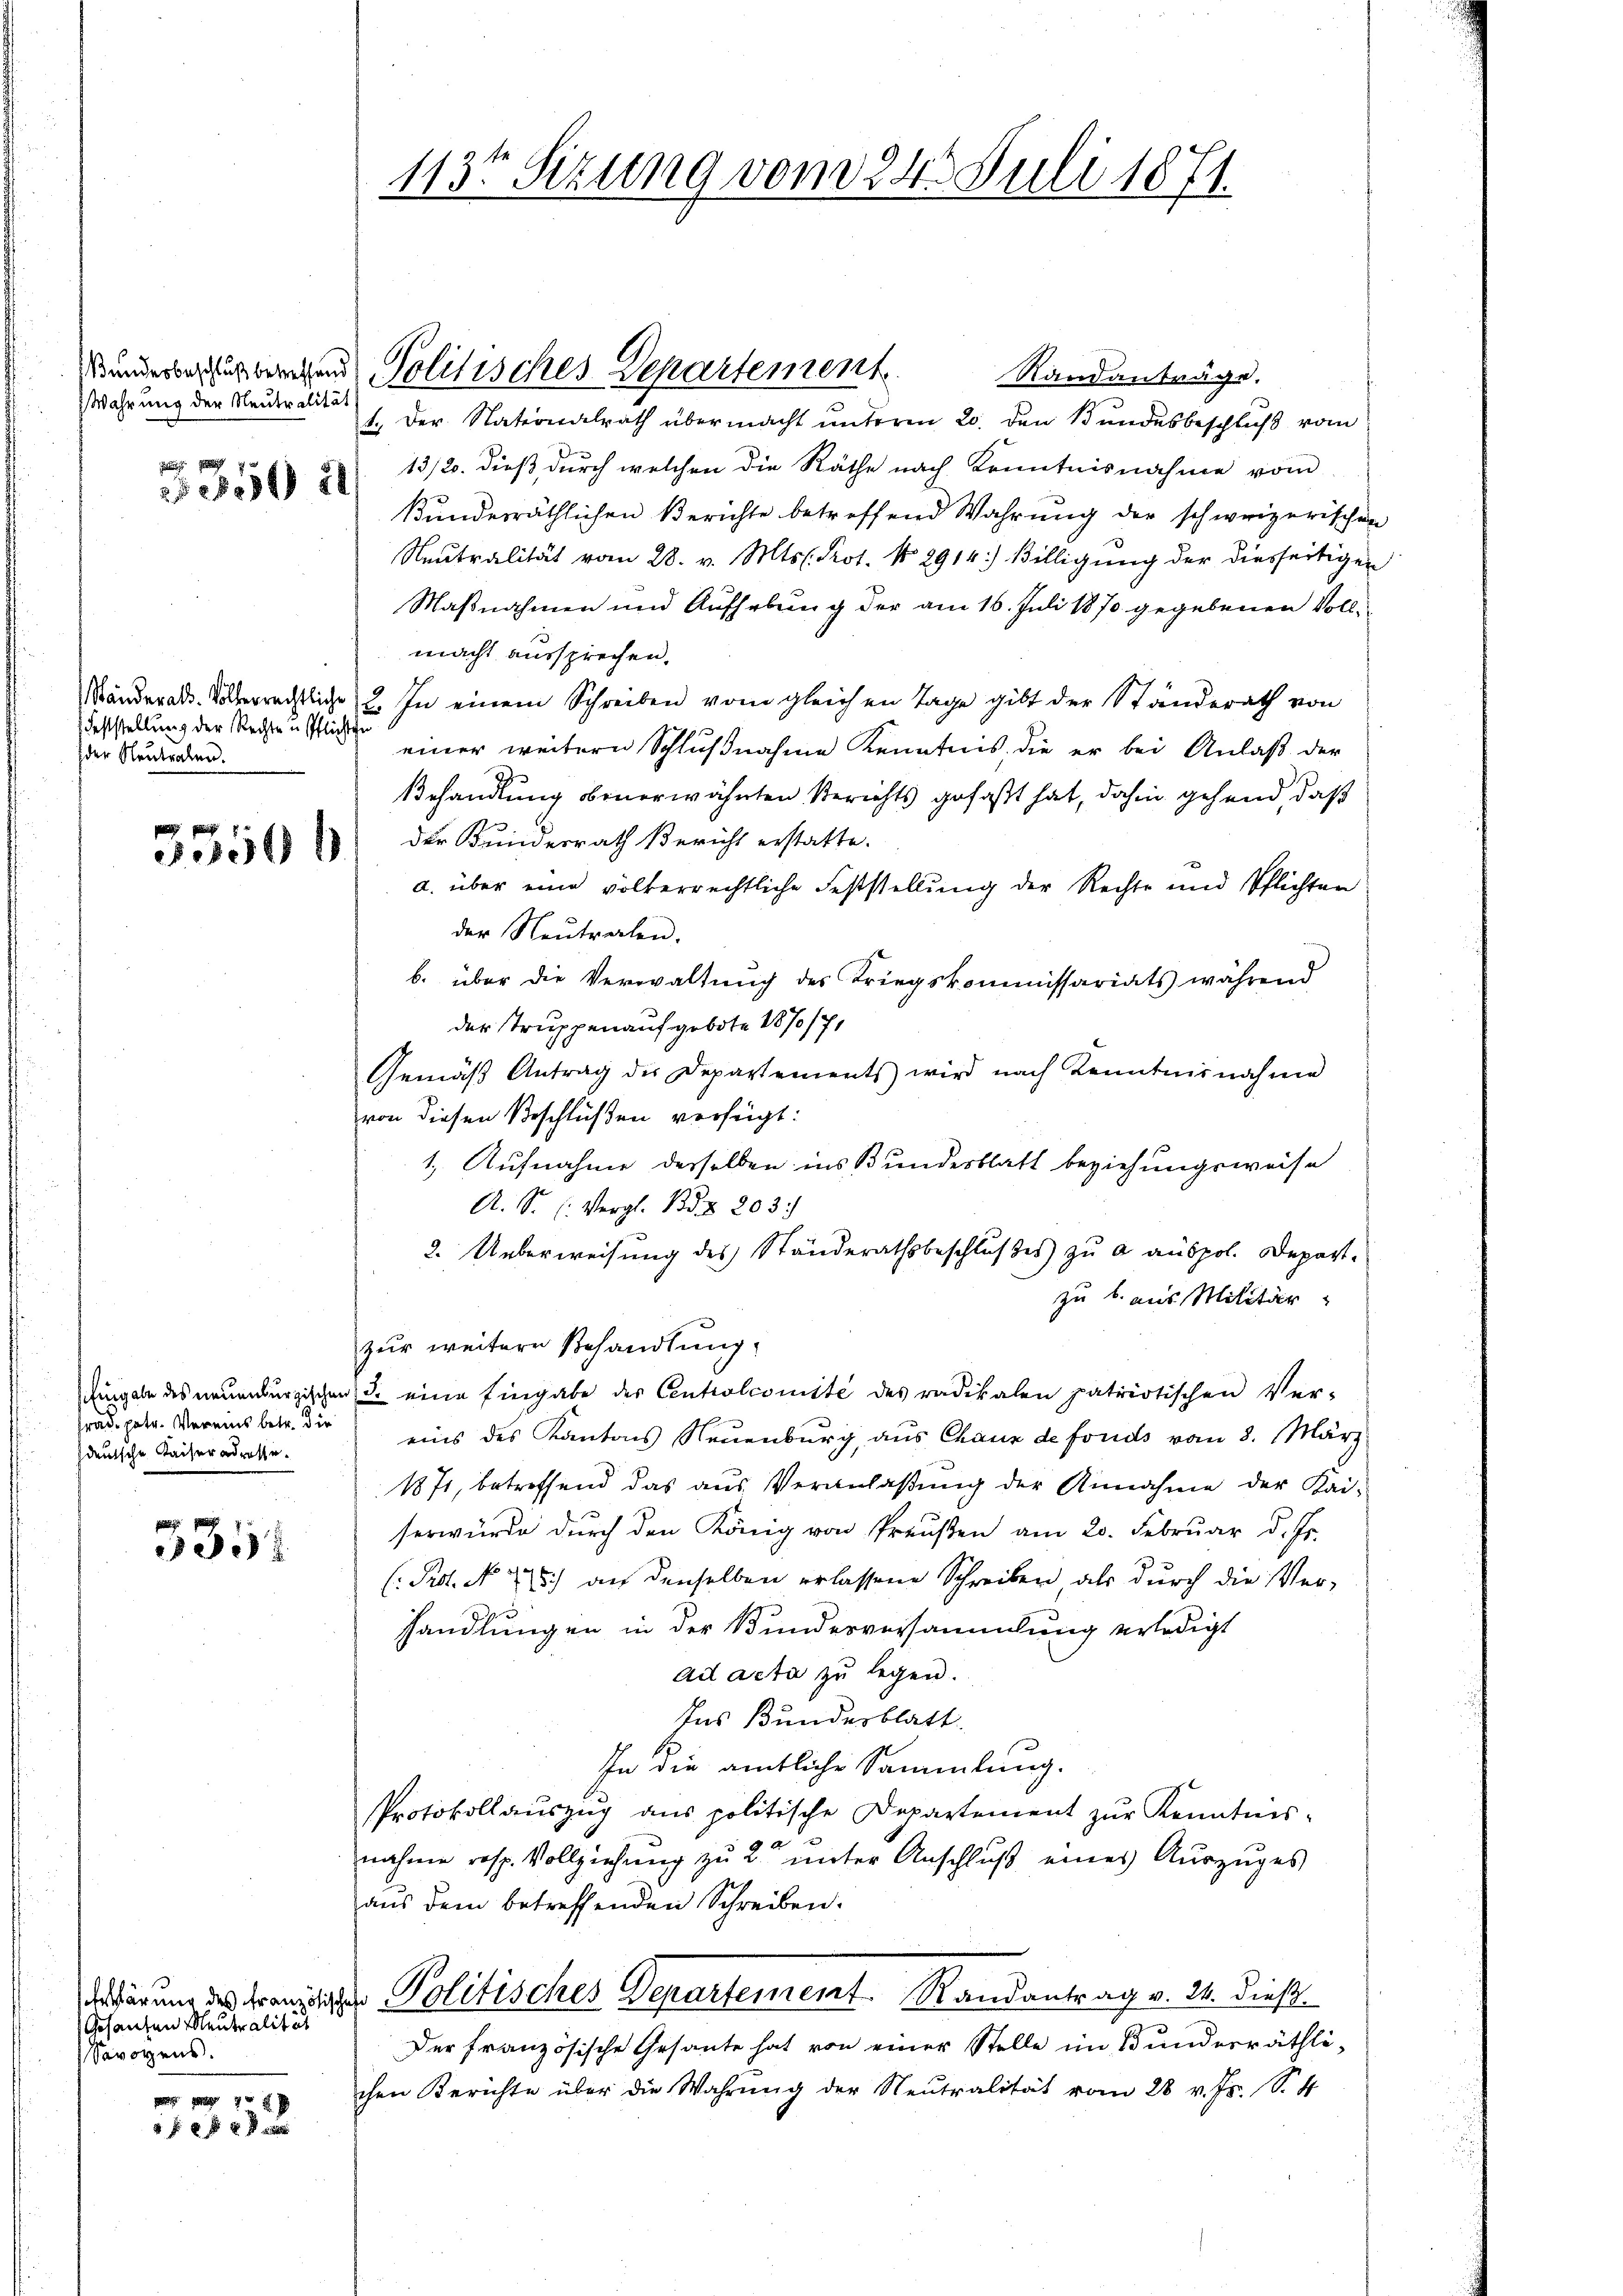
Wahrung der Neutralität

355 21

Feststellung der Rechte u. Pflichten
der Neutralen.

x

frad. patr. Vereins betr. die
deutsche Kaiser adresse¬

3352

Gesanten Meutralität
Savoyens.

78
6 f 2 x

Randanträge.
1. Der Nationalrath übermacht unteren 20. den Bundesbeschluß vom
13/20. dieß durch welchen die Räthe nach Kenntnisnahme vom
kundesräthlichen Berichte betreffend Wahrung der schweizerischen
Neutralität vom 28. v. Mts. Prot. No 2914:) Billigung der diesseitigen
Maßnahmen und Aufhebung der am 16. Juli 1870 gegebenen Vollmacht aussprechen.
Ständerats-Völkerrechtliche 2. In einem Schreiben vom gleichen Tage gibt der Ständerath von
einer weitern Schlußnahme Kenntnis, die er bei Anlaß der
Behandlung obenerwähnten Berichts gefaßt hat, dahin gehend, daß
Fobe der Kundesrath Bericht erstatte.
a. über eine völkerrechtliche Feststellung der Rechte und Pflichten
der Neutralen.
b. über die Verwaltung des Kriegskommissariats während
der Truppen aufgebote 1870/71
Gemäβ Antrag der Departements wird nach Kenntnisnahme
von diesen Beschlüßen verfügt:
1. Aufnahme derselben ins Bundesblatt beziehungsweise
A. S. C. Vergl. Bd. Z. 203.
2. Ueberweisung des Ständerathsbeschlußes zu a auspol. Depart.
zu b. aus Militär
zur weitere Behandlung.
Eingabe des neuenburgischen u. eine Eingabe der Centrolcomité des radikalen patriotischen Ver-
eins des Kantons Neuenburg, aus Chaux de fonds vom 8. März
1871, betreffend das aus Veranlaßung der Annahme der Kai-
serwürde durch den König von Preußen am 20. Februar d. Js.
( Prof. No. 415.) an denselben erlassene Schreiben als durch die Ver-
hhandlungen in der Bundesversammlung erledigt
ad acta zu legen.
Ins Bundesblatt.
In die amtliche Sammlung.
Protokollauszug aus politische Departement zur Kenntnis-
nahme resp. Vollziehung zu 2 unter Anschluß eines Auszuges
aus dem betreffenden Schreiben.
dafür nur des Franziger Politisches Departement. Randantrag v. 24. dieß
Der französische Gesante hat von einer Stelle im Bundesräthli-
chen Berichte über die Wahrŭng der Neutralität vom 28 v. Js. S. 4

113ten Sizung vom 24. Juli 1871.

kundesausgegen Politisches Departement